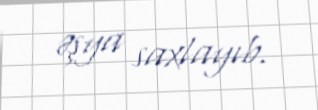
əşya saxlayıb.